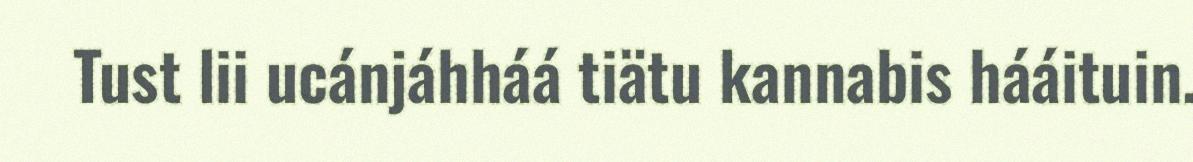
Tust lii ucánjáhháá tiätu kannabis hááituin.